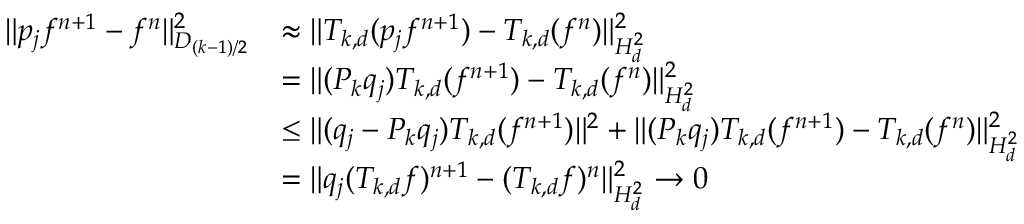
\begin{array} { r l } { \| p _ { j } f ^ { n + 1 } - f ^ { n } \| _ { D _ { ( k - 1 ) / 2 } } ^ { 2 } } & { \approx \| T _ { k , d } ( p _ { j } f ^ { n + 1 } ) - T _ { k , d } ( f ^ { n } ) \| _ { H _ { d } ^ { 2 } } ^ { 2 } } \\ & { = \| ( P _ { k } q _ { j } ) T _ { k , d } ( f ^ { n + 1 } ) - T _ { k , d } ( f ^ { n } ) \| _ { H _ { d } ^ { 2 } } ^ { 2 } } \\ & { \le \| ( q _ { j } - P _ { k } q _ { j } ) T _ { k , d } ( f ^ { n + 1 } ) \| ^ { 2 } + \| ( P _ { k } q _ { j } ) T _ { k , d } ( f ^ { n + 1 } ) - T _ { k , d } ( f ^ { n } ) \| _ { H _ { d } ^ { 2 } } ^ { 2 } } \\ & { = \| q _ { j } ( T _ { k , d } f ) ^ { n + 1 } - ( T _ { k , d } f ) ^ { n } \| _ { H _ { d } ^ { 2 } } ^ { 2 } \to 0 } \end{array}